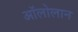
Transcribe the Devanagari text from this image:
अॉलोलान